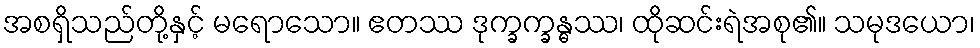
အစရှိသည်တို့နှင့် မရောသော။ ဧတဿ ဒုက္ခက္ခန္ဓဿ၊ ထိုဆင်းရဲအစု၏။ သမုဒယော၊